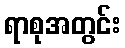
ရာစုအတွင်း